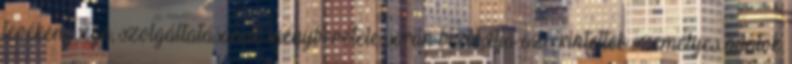
tevékenysége, szolgáltatásának igénybevétele során biztosítja az érintettek személyes adatok